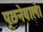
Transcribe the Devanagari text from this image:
पूछनेवाले।